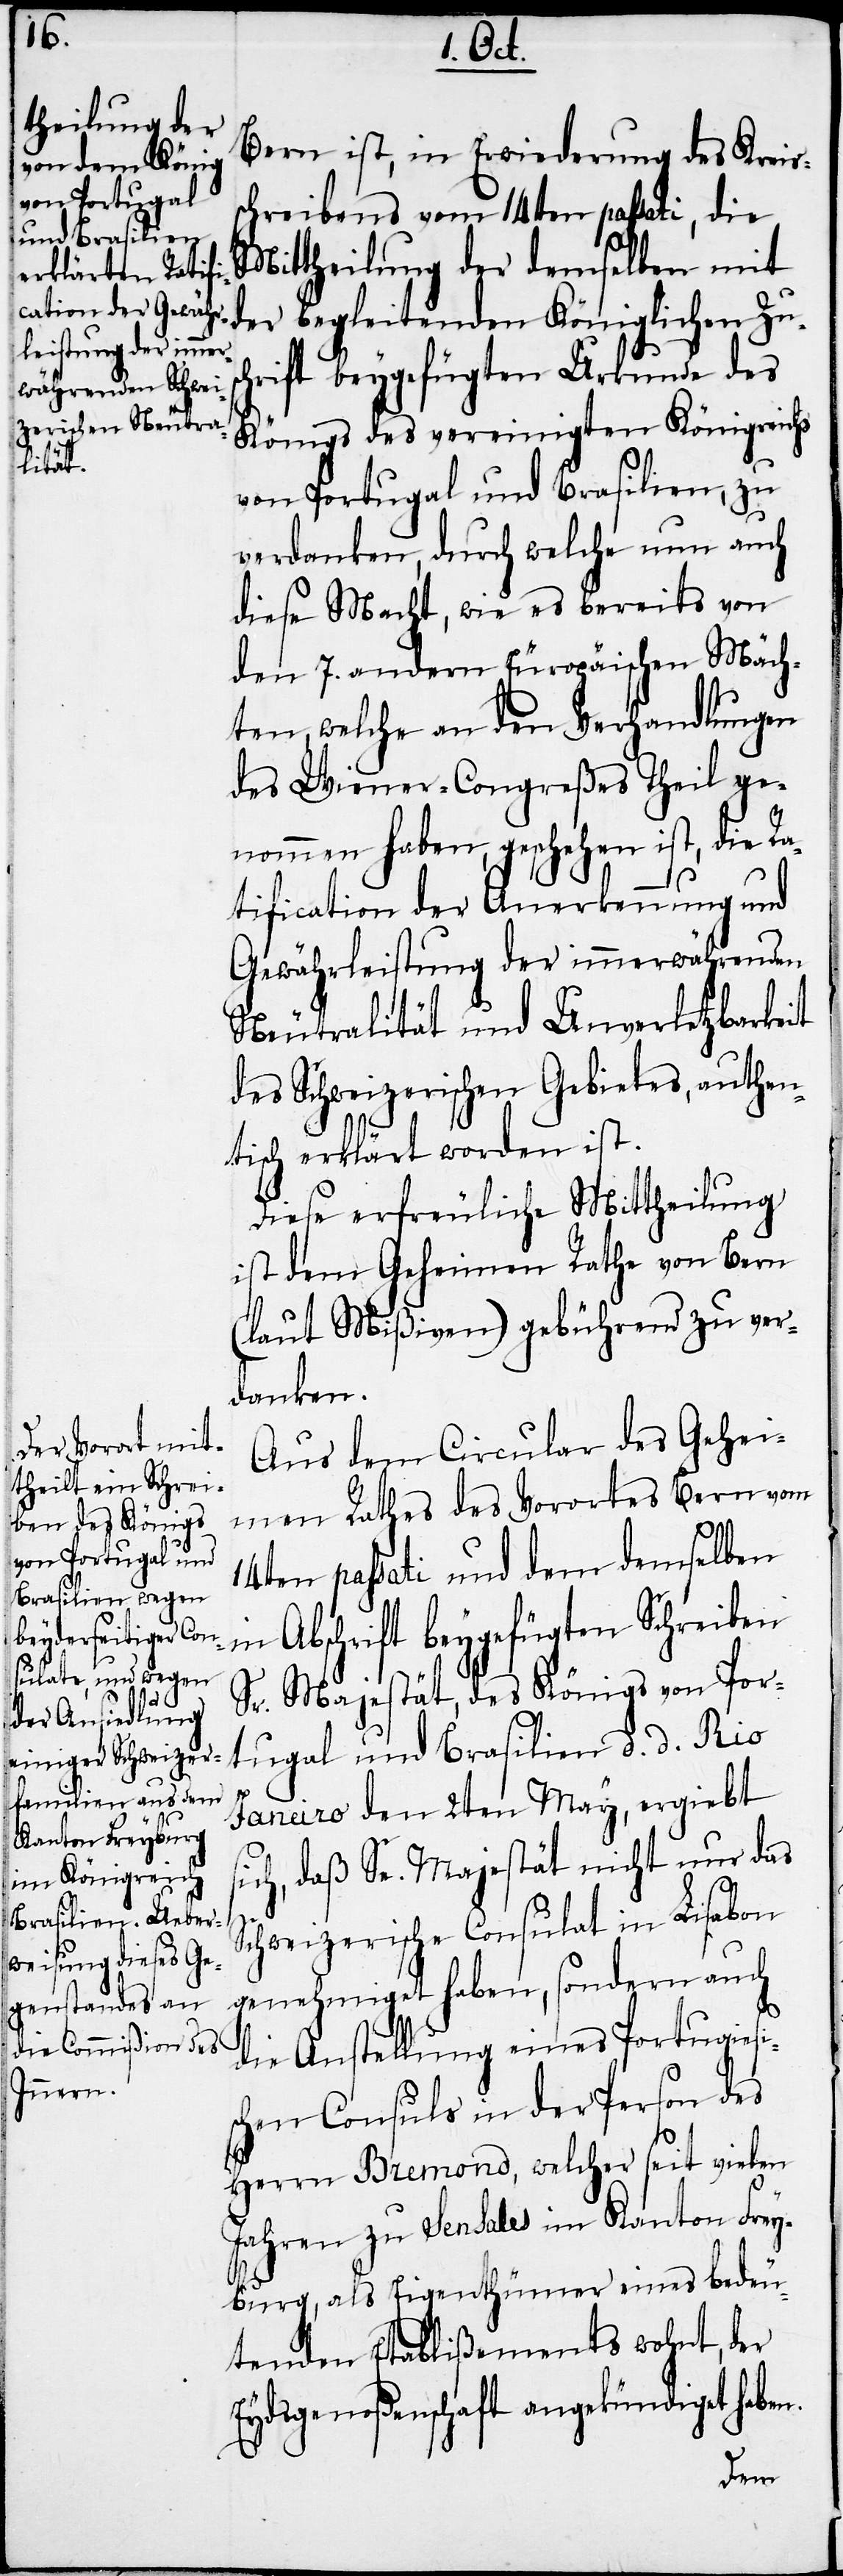
Bern ist, in Erwiederung des Kreis¬
schreibens vom 14ten passati, die
Mittheilung der demselben mit
der begleitenden Königlichen Zusc¬
hrift beygefügten Urkunde des
Königs des vereinigten Königreichs
von Portugal und Brasilien, zu
verdanken, durch welche nun auch
diese Macht, wie es bereits von
den 7. andern Europäischen Mäch¬
ten, welche an den Verhandlungen
des Wiener-Congreßes Theil ge¬
nommen haben, geschehen ist, die Ra¬
tification der Anerkennung und
Gewährleistung der immerwährenden
Neutralität und Unverletzbarkeit
des Schweizerischen Gebietes, authen¬
tisch erklärt worden ist.
Diese erfreuliche Mittheilung
ist dem Geheimen Rathe von Bern
(laut Mißiven) gebührend zu ver¬
danken.
Aus dem Circulare des Gehe¬
imen Rathes des Vorortes Bern vom
n.
14ten passati und dem demselben
in Abschrift beygefügten Schreiben
Sr. Majestät, des Königs von Por¬
tugal und Brasilien d. d. Rio
Janeiro den 2ten May, ergiebt
ich, daß Se. Majestät nicht nur das
Schweizerische Consulat in Lisabon
genehmiget haben, sondern auch
die Anstellung eines Portugiesi¬
schen Consuls in der Person des
Herrn Bremond, welcher seit vielen
Jahren zu Sensales im Kanton Frey¬
burg, als Eigenthümer eines bedeu¬
tenden Etablißements wohnt, der
Eydsgenoßenschaft angekündiget habe¬